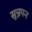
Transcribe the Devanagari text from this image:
सुन्नपन